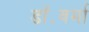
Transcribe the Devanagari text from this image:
डॉ॰वर्मा